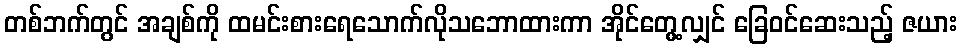
တစ်ဘက်တွင် အချစ်ကို ထမင်းစားရေသောက်လိုသဘောထားကာ အိုင်တွေ့လျှင် ခြေဝင်ဆေးသည့် ဇယား